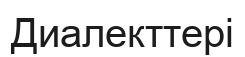
Диалекттері